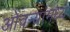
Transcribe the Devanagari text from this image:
ओवर्‍यांमध्ये